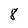
Character: 8